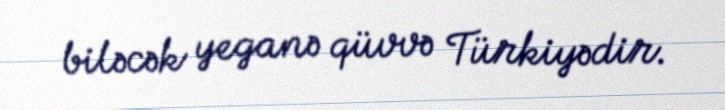
biləcək yeganə qüvvə Türkiyədir.